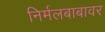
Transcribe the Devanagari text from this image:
निर्मलबाबावर